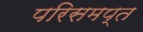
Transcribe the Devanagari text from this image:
परिसमप्‍त